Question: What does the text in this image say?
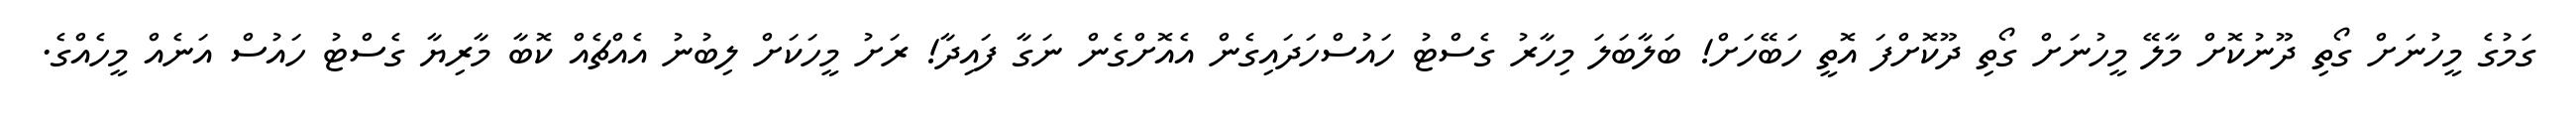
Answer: ގަމުގެ މީހުނަށް ގޯތި ދޫނުކޮށް މާލޭ މީހުނަށް ގޯތި ދޫކޮށްފަ އޮތީ ހަބޭހަށް! ބަލާބަލަ މިހާރު ގެސްޓު ހައުސްހަދައިގެން އެއޮށްގެން ނަގާ ފައިދާ! ރަށު މީހަކަށް ލިބުނު އެއްޗެއް ކޮބާ މާރިޔާ ގެސްޓު ހައުސް އަނެއް މީހެއްގެ.